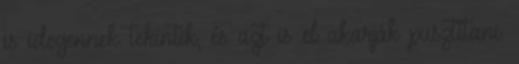
is idegennek tekintik, és azt is el akarják pusztítani.